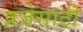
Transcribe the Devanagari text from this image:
प्रजेसाठी